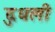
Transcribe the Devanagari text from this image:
दुधली